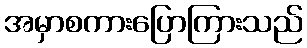
အမှာစကားပြောကြားသည်